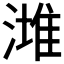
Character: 𣼭